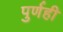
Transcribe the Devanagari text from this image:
पुर्णही